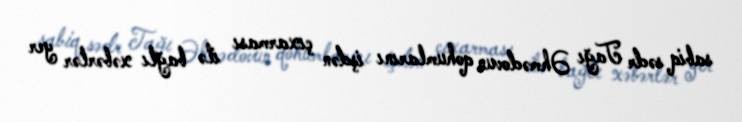
sabiq sədr Tağı Əhmədovun qohumlarını işdən çıxarması ilə bağlı xəbərlər yer